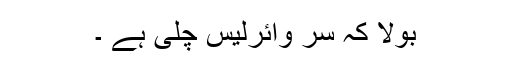
بولا کہ سر وائرلیس چلی ہے ۔